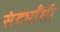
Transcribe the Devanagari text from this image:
संदर्भांंशी